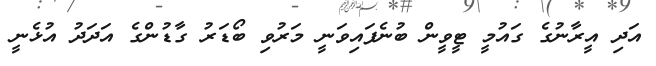
އަދި އީރާނުގެ ގައުމީ ޓީވީން ބުނެފައިވަނީ މަރުވި ބޯޑަރު ގާޑުންގެ އަދަދު އުޅެނީ